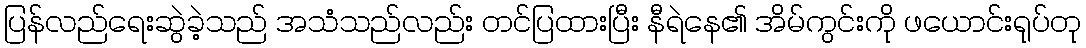
ပြန်လည်ရေးဆွဲခဲ့သည် အသံသည်လည်း တင်ပြထားပြီး နီရဲနေ၏ အိမ်ကွင်းကို ဖယောင်းရုပ်တု